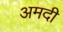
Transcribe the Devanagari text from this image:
अमदी